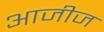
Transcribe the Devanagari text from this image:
आजीज